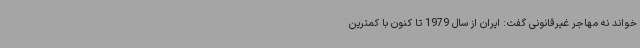
‌خواند نه مهاجر غیرقانونی گفت: ایران از سال 1979 تا کنون با کمترین